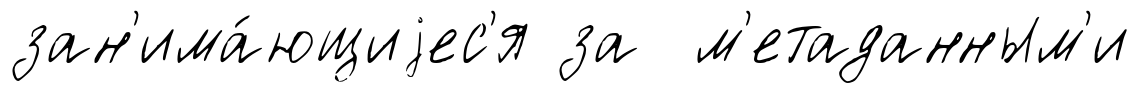
зан'има́ющиjес'я за м'етаданным'и